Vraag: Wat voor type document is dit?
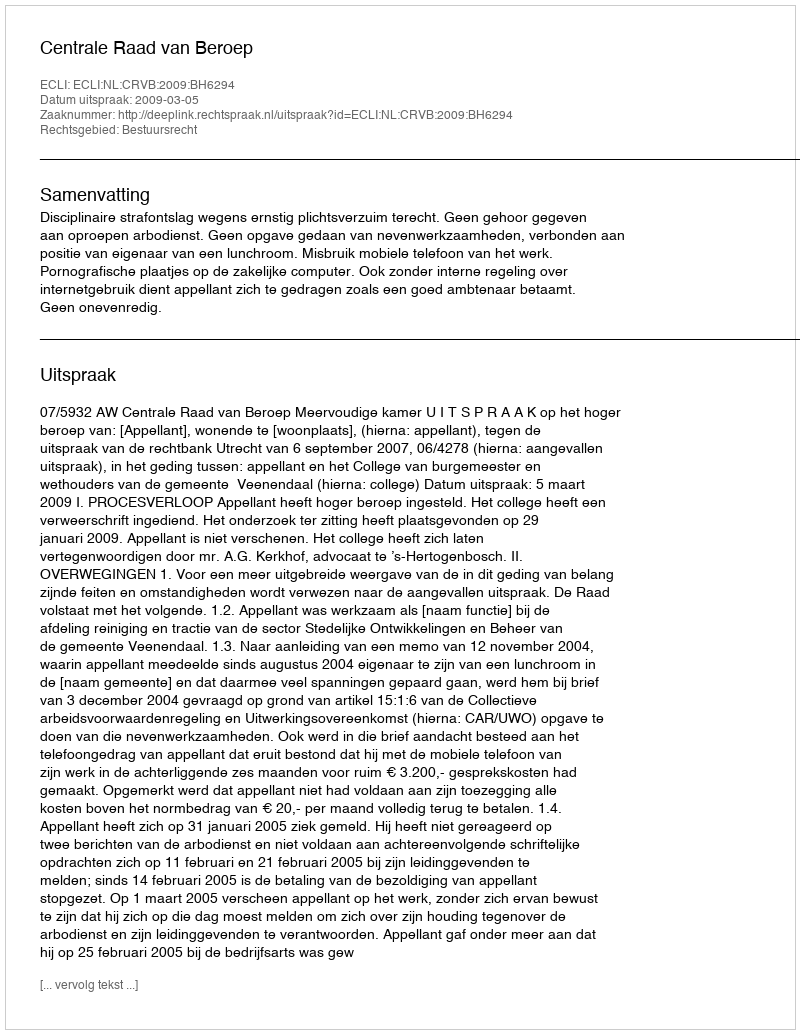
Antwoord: Uitspraak